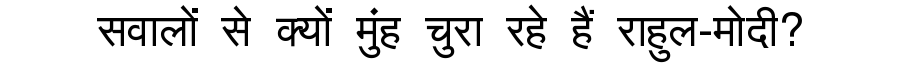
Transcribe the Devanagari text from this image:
सवालों से क्यों मुंह चुरा रहे हैं राहुल-मोदी?